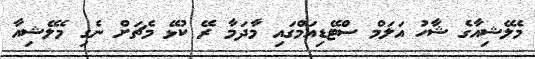
މެލޭޝިއާގެ ޝާހު އަލަމް ސްޓޭޑިއަމްގައި މާދަމާ ރޭ ކުޅޭ މެޗަށް ނެގި މެލޭޝިއާ